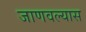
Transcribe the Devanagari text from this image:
जाणवल्यास